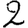
Digit: 2